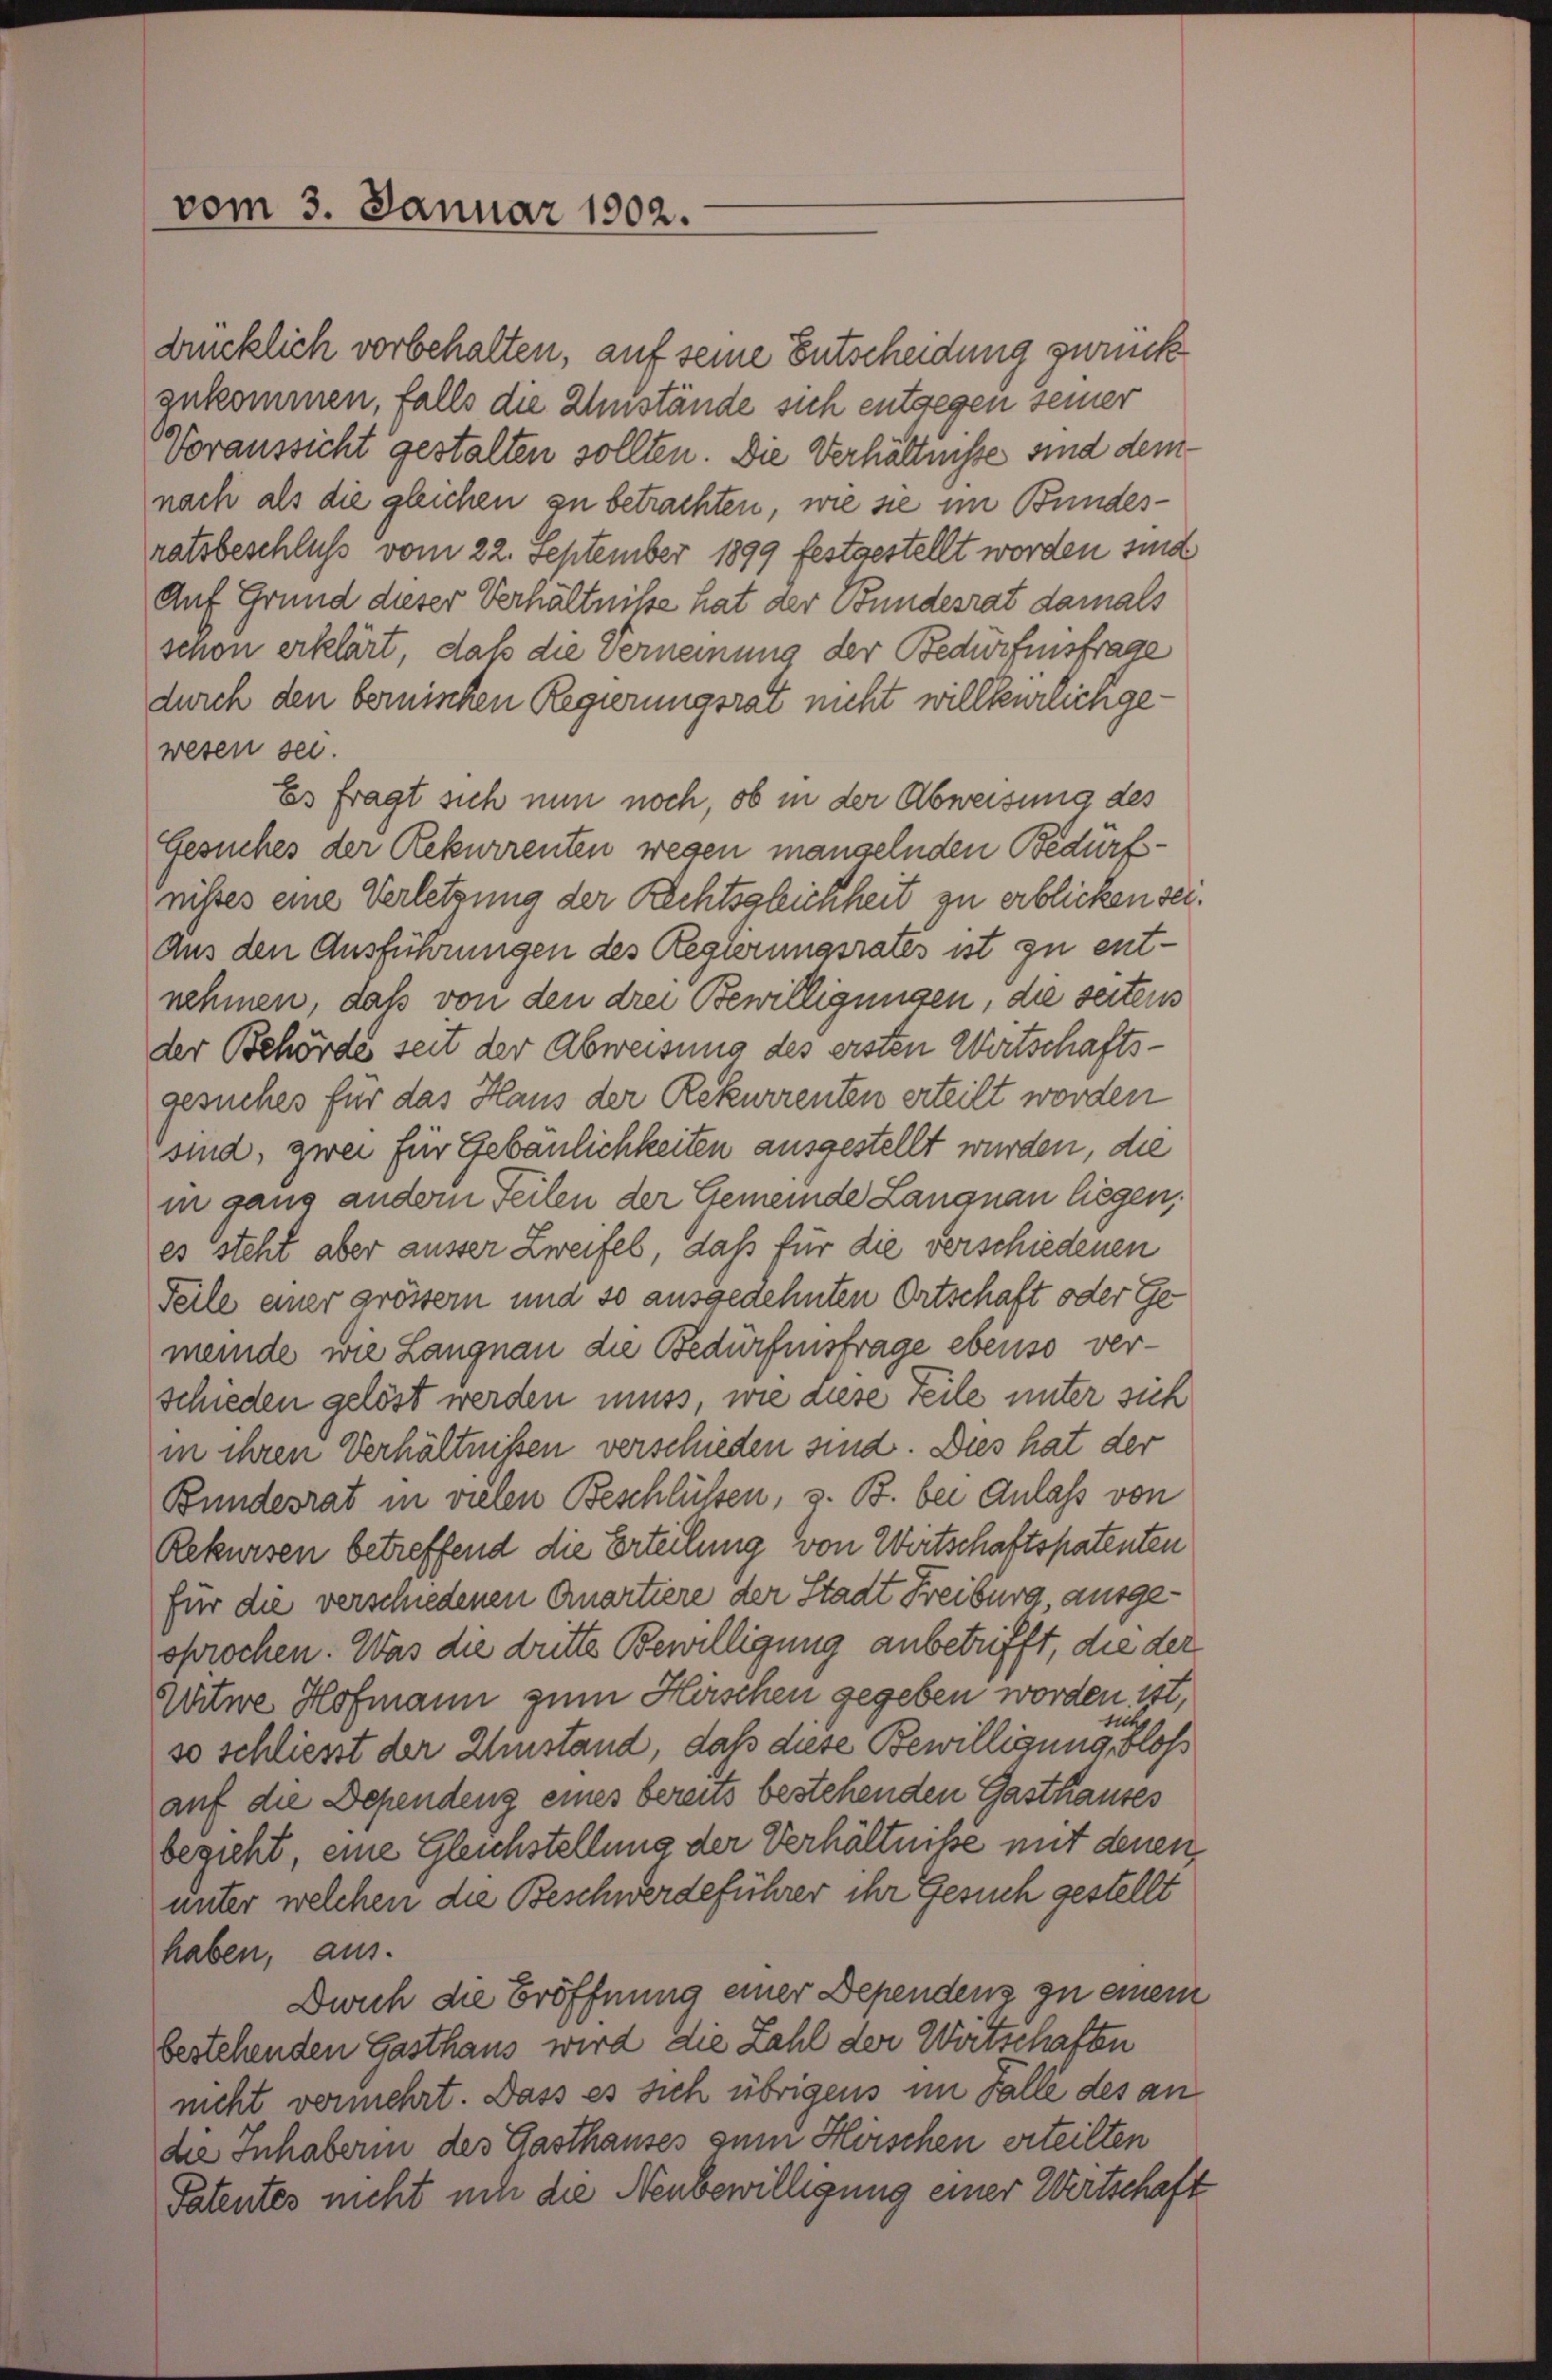
vom 3. Januar 1902.

dunklich vorbehalten, auf seine Entscheidung zurück
zukommen, falls die Umstände sich entgegen seiner
Voraussicht gestalten sollten. Die Verhältnisse sind dem
nach als die gleichen zu betrachten, wie sie im Bundesratsbeschluß vom 22. September 1899 festgestellt worden sind
Auf Grund dieser Verhältnisse hat der Bundesrat damals
schon erklärt, daß die Verneinung der Bedürfnisfrage
durch den bernischen Regierungsrat nicht willkürlich gewesen sel.
Es fragt sich nun noch, ob in der Abweisung des
Gesuches der Rekurrenten wegen mangelnden Bedürfnisses eine Verletzung der Rechtsgleichheit zu erblicken sei.
Aus den Ausführungen des Regierungsrates ist zu entnehmen, daß von den drei Bewilligungen, die seitens
der Behörde seit der Abweisung des ersten Wortschaftsgesuches für das Haus der Rekurrenten erteilt worden
sind, zwei für Gebäulichkeiten ausgestellt wurden, die
in ganz andern Teilen der Gemeinde Langnau liegen,
es steht aber ausser Zweifel, daß für die verschiedenen
Teile einer grössern und so ausgedehnten Ortschaft oder Gemeinde wie Langnau die Bedürfnisfrage ebenso verschieden gelöst werden muss, wie Liese Teile unter sich
in ihren Verhältnissen verschieden sind. Dies hat der
Bundesrat in vielen Beschlüssen, z. B. bei Anlass von
Rekursen betreffend die Erteilung von Wertschaftspatenten
für die verschiedenen Quartiere der Stadt Freiburg, ausgesprochen. Was die dritte Bewilligung anbetrifft, die der
Witwe Hofmann zum Herischen gegeben worden ist,
sich
so schliest der Umstand, daß diese Bewilligung, bloß
auf die Dependenz eines bereits bestehenden Gasthauses
bezieht, eine Gleichstellung der Verhältnisse mit denen
unter welchen die Beschwerdeführer ihr Gesuch gestellt
haben, aus.
Dwich die Eröffnung einer Dependenz zu einem
bestehenden Gasthaus wird die Zahl der Wirtschaften
nicht vermehrt. Dass es sich übrigens im Falle des an
die Inhaberin des Gasthauses zum Hörschen erteilten
Patentes nicht um die Neubewilligung einer Wertschaft